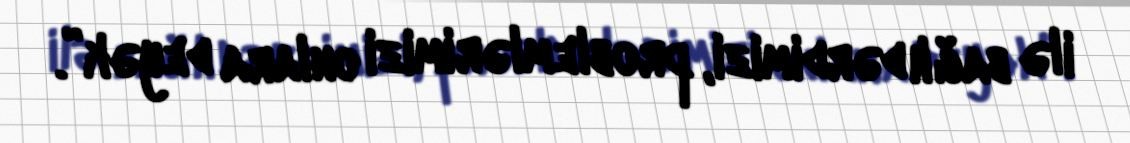
ilə bağlı dərdimizi, problemlərimizi onlara deyək”.